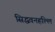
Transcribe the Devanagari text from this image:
सिद्धवनहल्लि